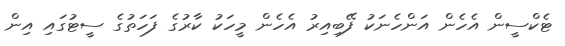
ޓެކްސީން އެހެން އަންހެނަކު ފޭބިއިރު އެހެން މީހަކު ކާރުގެ ފަހަތުގެ ސީޓުގައި އިން